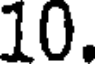
10.